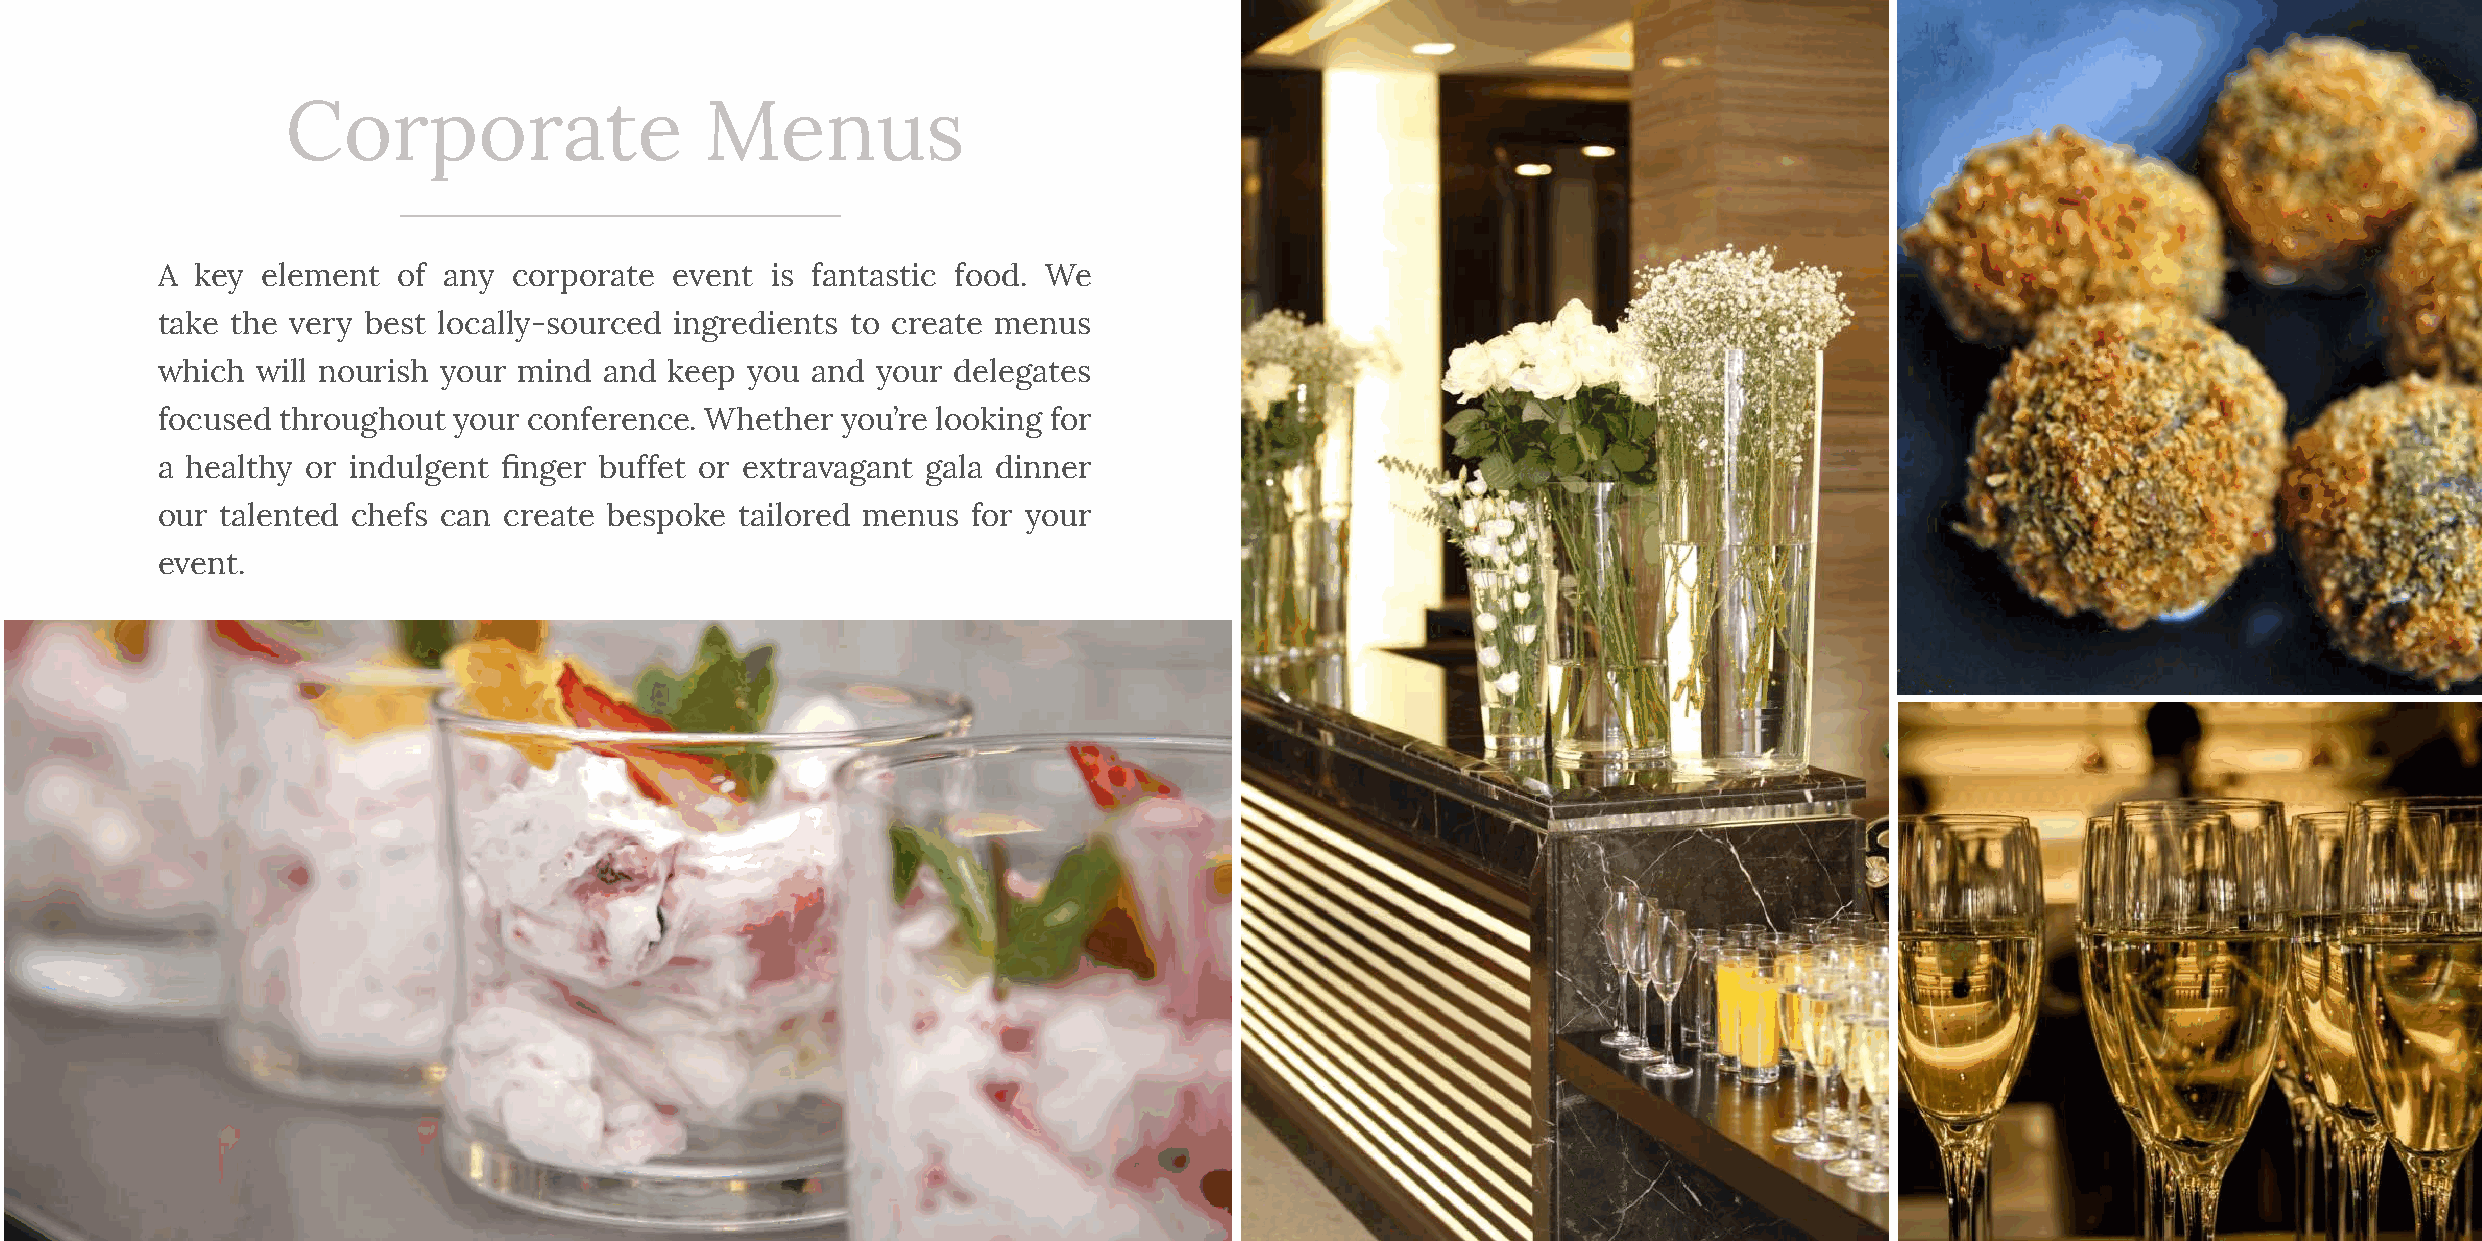
Corporate                   Menus
 A  key element  of any  corporate  event is fantastic food. We
 take the very best locally-sourced ingredients to create menus
 which  will nourish your mind and keep  you and your delegates
 focused throughout  your conference. Whether  you’re looking for
 a healthy or indulgent finger buffet or extravagant gala dinner
 our  talented chefs can create bespoke tailored menus for your
 event.